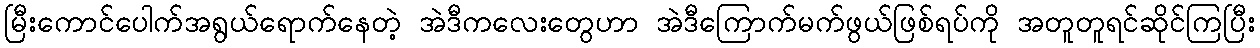
မြီးကောင်ပေါက်အရွယ်ရောက်နေတဲ့ အဲဒီကလေးတွေဟာ အဲဒီကြောက်မက်ဖွယ်ဖြစ်ရပ်ကို အတူတူရင်ဆိုင်ကြပြီး